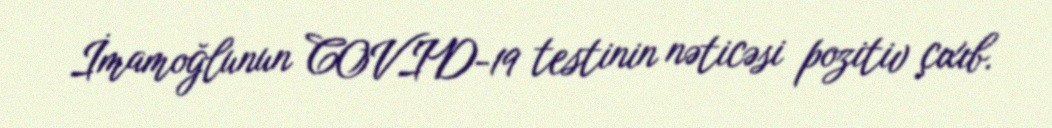
İmamoğlunun COVID-19 testinin nəticəsi pozitiv çıxıb.